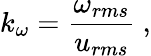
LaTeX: k_{\omega}=\frac{\omega_{rms}}{u_{rms}}~,